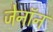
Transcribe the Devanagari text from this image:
जेनॉन